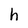
Character: h